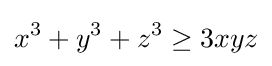
x^{3}+y^{3}+z^{3}\geq 3xyz